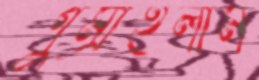
গুম্‌রাইলাম